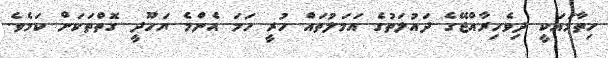
ހިތާމައަކީ ދިވެހިރާއްޖޭގެ ދައުލަތުގެ އަމަލުތައް ހުރީ ހަމަ އެންމެ ޔަހޫދީ ގޮތްތަކަށް ކަމެވެ.